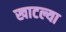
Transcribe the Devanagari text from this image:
खाटल्या